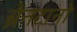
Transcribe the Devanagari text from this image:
ब्रेनटानो